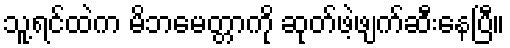
သူ့ရင်ထဲက မိဘမေတ္တာကို ဆုတ်ဖဲ့ဖျက်ဆီးနေပြီ။